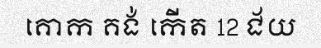
គោក គង់ កើត 12 ជ័យ